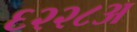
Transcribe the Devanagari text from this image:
६२२८अ